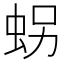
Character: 𧊅